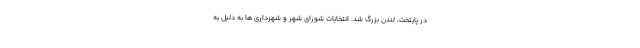
در پایتخت، لندن بزرگ شد. انتخابات شورای شهر و شهرداری ها به دلیل به